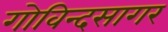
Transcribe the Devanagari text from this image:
गोविन्दसागर